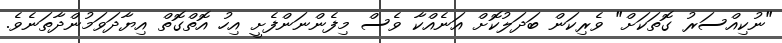
"ނުކިއްސަރު ގޮތަކަށް" ވެރިކަން ބަދަލުކޮށް އަނެއްކާ ވެސް މިފެންނަންފެށީ އިހު އޮތްގޮތް އިޔާދަވަމުންދާތަނެވެ.